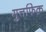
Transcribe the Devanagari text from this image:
मुत्तफिक़